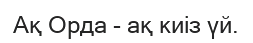
Ақ Орда - ақ киіз үй.